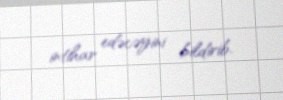
intihar edəcəyini bildirib.